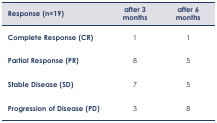
<table><thead><tr><td><b>Response (n=19)</b></td><td><b>after 3 months</b></td><td><b>after 6 months</b></td></tr></thead><tbody><tr><td><b>Complete Response (CR)</b></td><td>1</td><td>1</td></tr><tr><td><b>Partial Response (PR)</b></td><td>8</td><td>5</td></tr><tr><td><b>Stable Disease (SD)</b></td><td>7</td><td>5</td></tr><tr><td><b>Progression of Disease (PD)</b></td><td>3</td><td>8</td></tr></tbody></table>